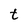
Character: t